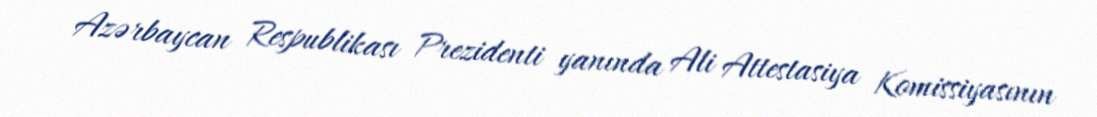
Azərbaycan Respublikası Prezidenti yanında Ali Attestasiya Komissiyasının